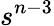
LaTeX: s^{n-3}